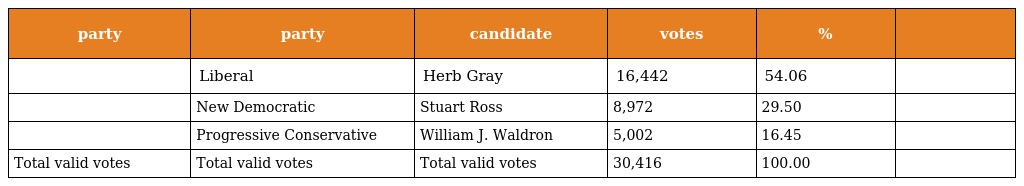
| party | party | candidate | votes | % |  |
 | --- | --- | --- | --- | --- | --- |
 |  | Liberal | Herb Gray | 16,442 | 54.06 |  |
 |  | New Democratic | Stuart Ross | 8,972 | 29.50 |  |
 |  | Progressive Conservative | William J. Waldron | 5,002 | 16.45 |  |
 | Total valid votes | Total valid votes | Total valid votes | 30,416 | 100.00 |  |